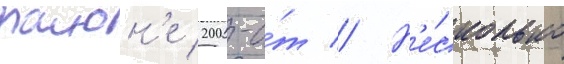
раион'е 200-о́т // Н'е́сколько